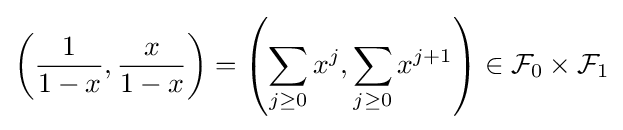
\left({\frac {1}{1-x}},{\frac {x}{1-x}}\right)=\left(\sum _{j\geq 0}x^{j},\sum _{j\geq 0}x^{j+1}\right)\in {\mathcal {F}}_{0}\times {\mathcal {F}}_{1}